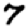
Digit: 7